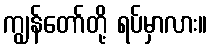
ကျွန်တော်တို့ ရပ်မှာလား။